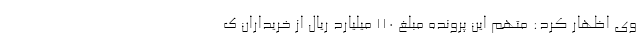
وی اظهار کرد: متهم این پرونده مبلغ ۱۱۰ میلیارد ریال از خریداران ک